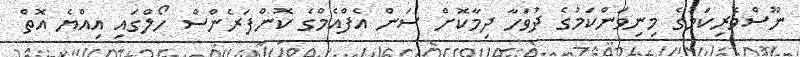
ނޫސްވެރިކަމުގެ މިނިވަންކަމުގެ ދުވަހާ ދިމާކޮށް ސަން އެފްއެމްގެ ކޮންފަރެންސް ހޯލްގައި އިއްޔެ އޮތް